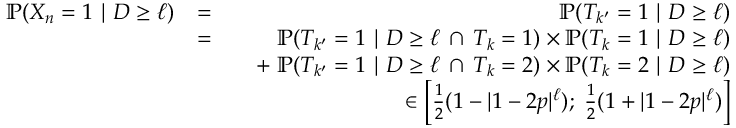
\begin{array} { r l r } { \mathbb { P } ( X _ { n } = 1 \ | \ D \geq \ell ) } & { = } & { \mathbb { P } ( T _ { k ^ { \prime } } = 1 \ | \ D \geq \ell ) } \\ & { = } & { \mathbb { P } ( T _ { k ^ { \prime } } = 1 \ | \ D \geq \ell \, \cap \, T _ { k } = 1 ) \times \mathbb { P } ( T _ { k } = 1 \ | \ D \geq \ell ) } \\ & { } & { \quad + \; \mathbb { P } ( T _ { k ^ { \prime } } = 1 \ | \ D \geq \ell \, \cap \, T _ { k } = 2 ) \times \mathbb { P } ( T _ { k } = 2 \ | \ D \geq \ell ) } \\ & { } & { \in \left[ \frac { 1 } { 2 } ( 1 - | 1 - 2 p | ^ { \ell } ) ; \; \frac { 1 } { 2 } ( 1 + | 1 - 2 p | ^ { \ell } ) \right] } \end{array}